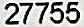
27755